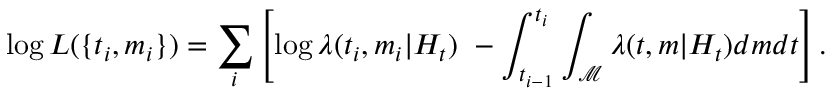
\log L ( \{ t _ { i } , m _ { i } \} ) = \sum _ { i } \left[ \log \lambda ( t _ { i } , m _ { i } | H _ { t } ) \ - \int _ { t _ { i - 1 } } ^ { t _ { i } } \int _ { \mathcal { M } } \lambda ( t , m | H _ { t } ) d m d t \right] .